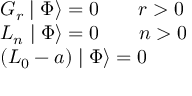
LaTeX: \begin{array} { l } { { G _ { r } \mid \Phi \rangle = 0 \qquad r > 0 } } \\ { { L _ { n } \mid \Phi \rangle = 0 \qquad n > 0 } } \\ { { \left( L _ { 0 } - a \right) \mid \Phi \rangle = 0 } } \end{array}